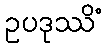
ဥပဒုဿိံ